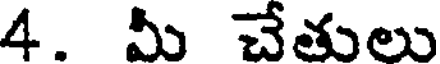
4. మీ చేతులు